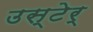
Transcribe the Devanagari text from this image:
उस्टेर्